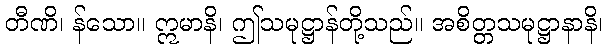
တီဏိ၊ န်သော။ ဣမာနိ၊ ဤသမုဋ္ဌာန်တို့သည်။ အစိတ္တသမုဋ္ဌာနာနိ၊